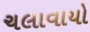
ચલાવાયો